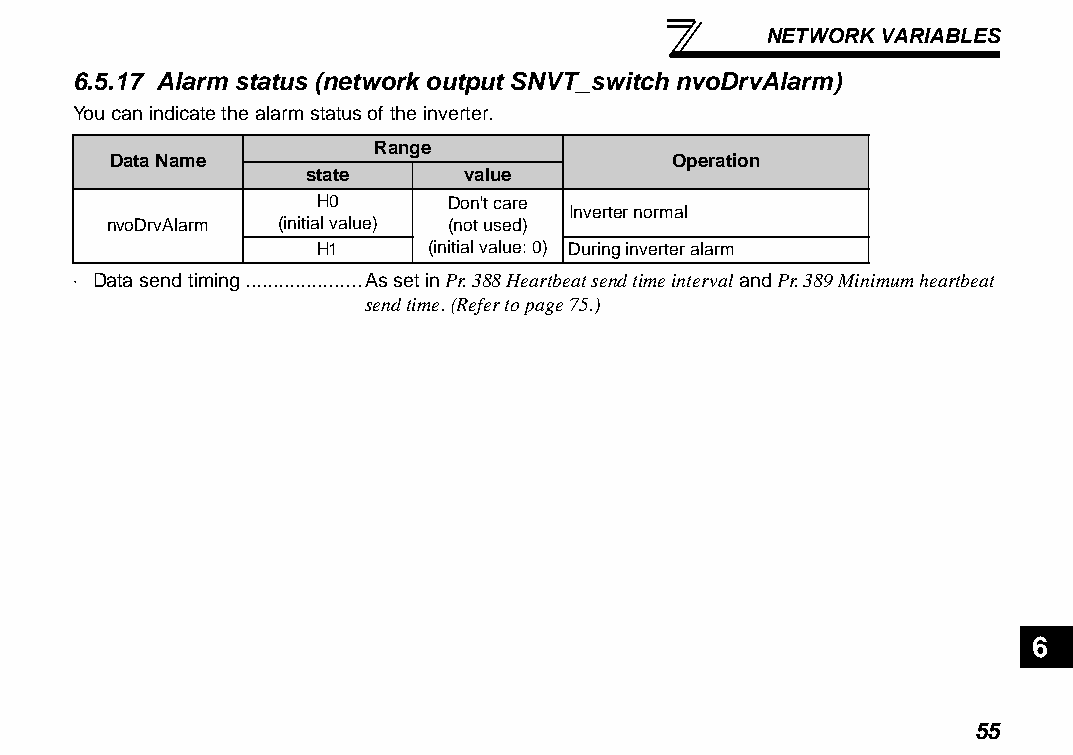
NETWORK VARIABLES
 6.5.17 Alarm status (network output SNVT_switch nvoDrvAlarm)
 You can indicate the alarm status of the inverter.
 Range
 Data Name                            Operation
 state     value
 H0      Don't care
 Inverter normal
 nvoDrvAlarm (initial value) (not used)
 H1     (initial value: 0) During inverter alarm
 ⋅ Data send timing.....................As set in Pr. 388 Heartbeat send time interval and Pr. 389 Minimum heartbeat
 send time. (Refer to page 75.)
 6
 55